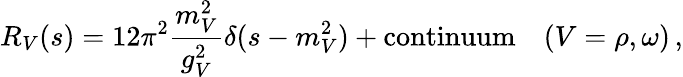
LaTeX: R_{V}(s)=12\pi^{2}\frac{m_{V}^{2}}{g_{V}^{2}}\delta(s-m_{V}^{2})+\mathrm{continuum}\quad(V=\rho,\omega)\, ,